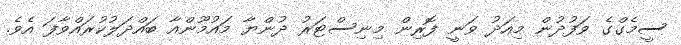
ސީމެގްގެ ވަފުދުން މިއަދު ވަނީ ފޮރިން މިނިސްޓަރު ދުންޔާ މައުމޫންއާ ބައްދަލުކުރައްވާފަ އެވެ.